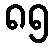
၈၅